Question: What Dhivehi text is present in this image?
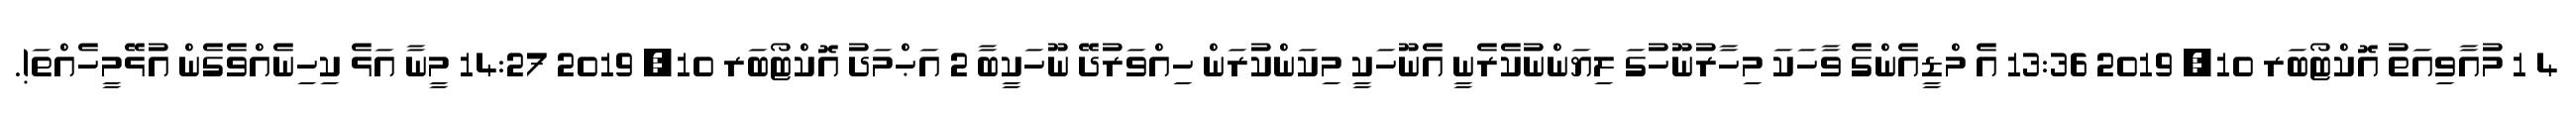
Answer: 4 1 މުއާވިއަތު އޮކްޓޯބަރ 10, 2019 13:36 އެ މްޑީއެންގެ ވާހަކަ މިހާރުނޫހުގަ ލިޔަންނުކެރެނީ އެނޫހަކީ މިކަންކުރަން ހިއްވަރުދޭ ނޫހަކީބާ 2 އަޙްމަދު އޮކްޓޯބަރ 10, 2019 14:27 މީނާ އަޅެ ކިހިނެއްވެގެން އުޅޭމީހެއްތަ!.